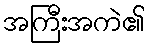
အကြီးအကဲ၏